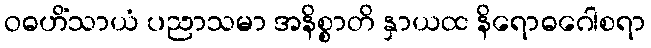
ဝဓဟိံသာယံ ပညာသမာ အနိစ္စာတိ နှာယထ နိရောဓဂေါစရာ